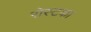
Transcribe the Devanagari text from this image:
रोस्टका